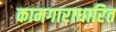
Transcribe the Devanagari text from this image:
कामगाराधारित